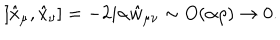
[ \hat { x } _ { \mu } , \hat { x } _ { \nu } ] = - 2 i \alpha \hat { w } _ { \mu \nu } \sim O ( \alpha \rho ) \rightarrow 0 .